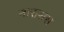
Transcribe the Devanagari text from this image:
नाराशस